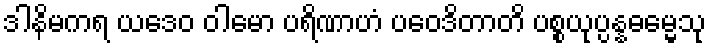
ဒါနိမကရ ယဒေဝ ဝါမော ပရိဏာဟံ ပဝေဒိတာတိ ပစ္စယုပ္ပန္နဓမ္မေသု